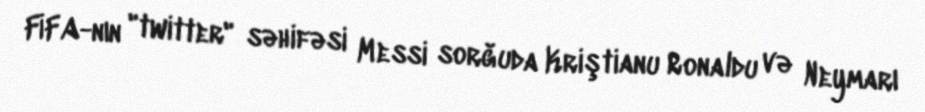
FİFA-nın "twitter" səhifəsi Messi sorğuda Kriştianu Ronaldu və Neymarı